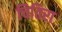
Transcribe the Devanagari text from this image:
चितिरा